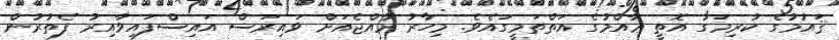
ޤައުމުގެ ކުރިމަގު އޮތީ ޢާއްމުގެ އަތްތަމީގައެވެ. މިހާރު ރާއްޖެއަށް ވައިރަސް އައިސްފައިވާއިރު ފެތުރުން